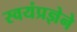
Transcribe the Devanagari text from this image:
स्वयंप्रज्ञेने